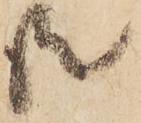
共